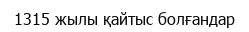
1315 жылы қайтыс болғандар